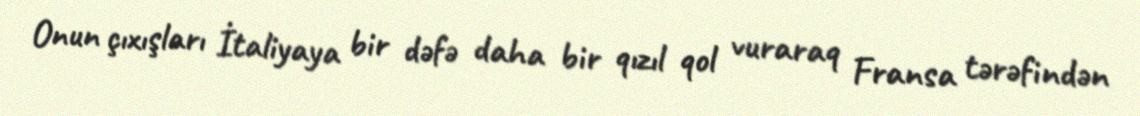
Onun çıxışları İtaliyaya bir dəfə daha bir qızıl qol vuraraq Fransa tərəfindən